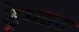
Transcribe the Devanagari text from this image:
ट्रेम्बल